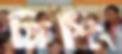
ফিশিং